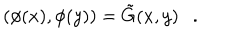
( \phi ( x ) , \phi ( y ) ) = \tilde { G } ( x , y ) .